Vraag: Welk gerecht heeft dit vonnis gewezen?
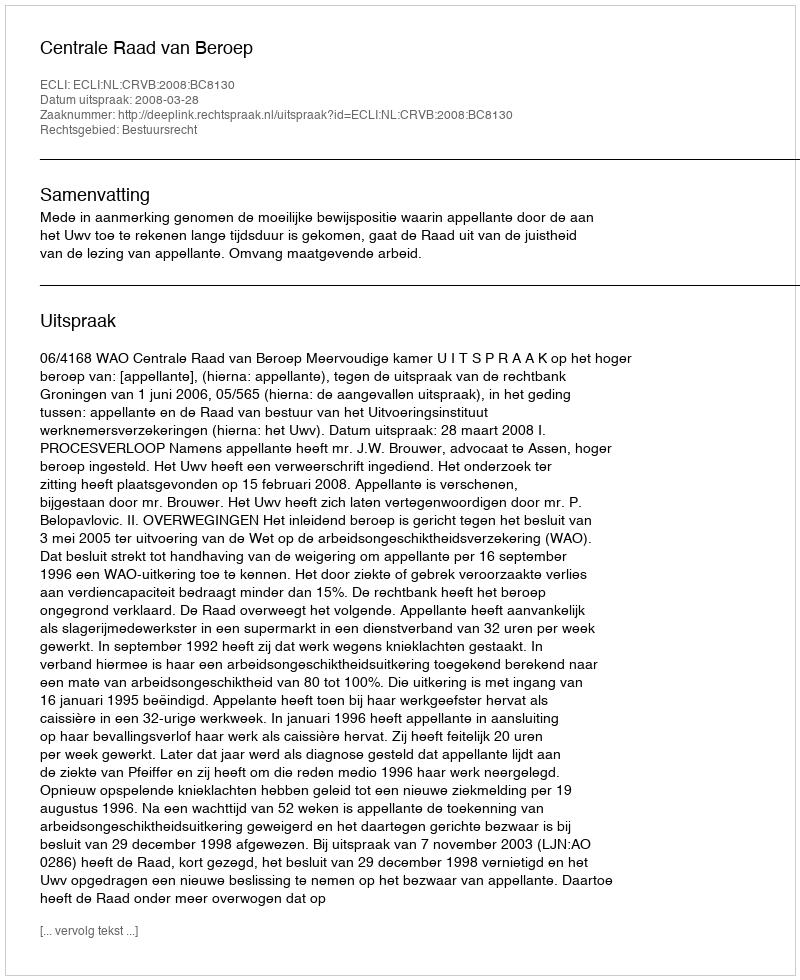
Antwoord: Centrale Raad van Beroep